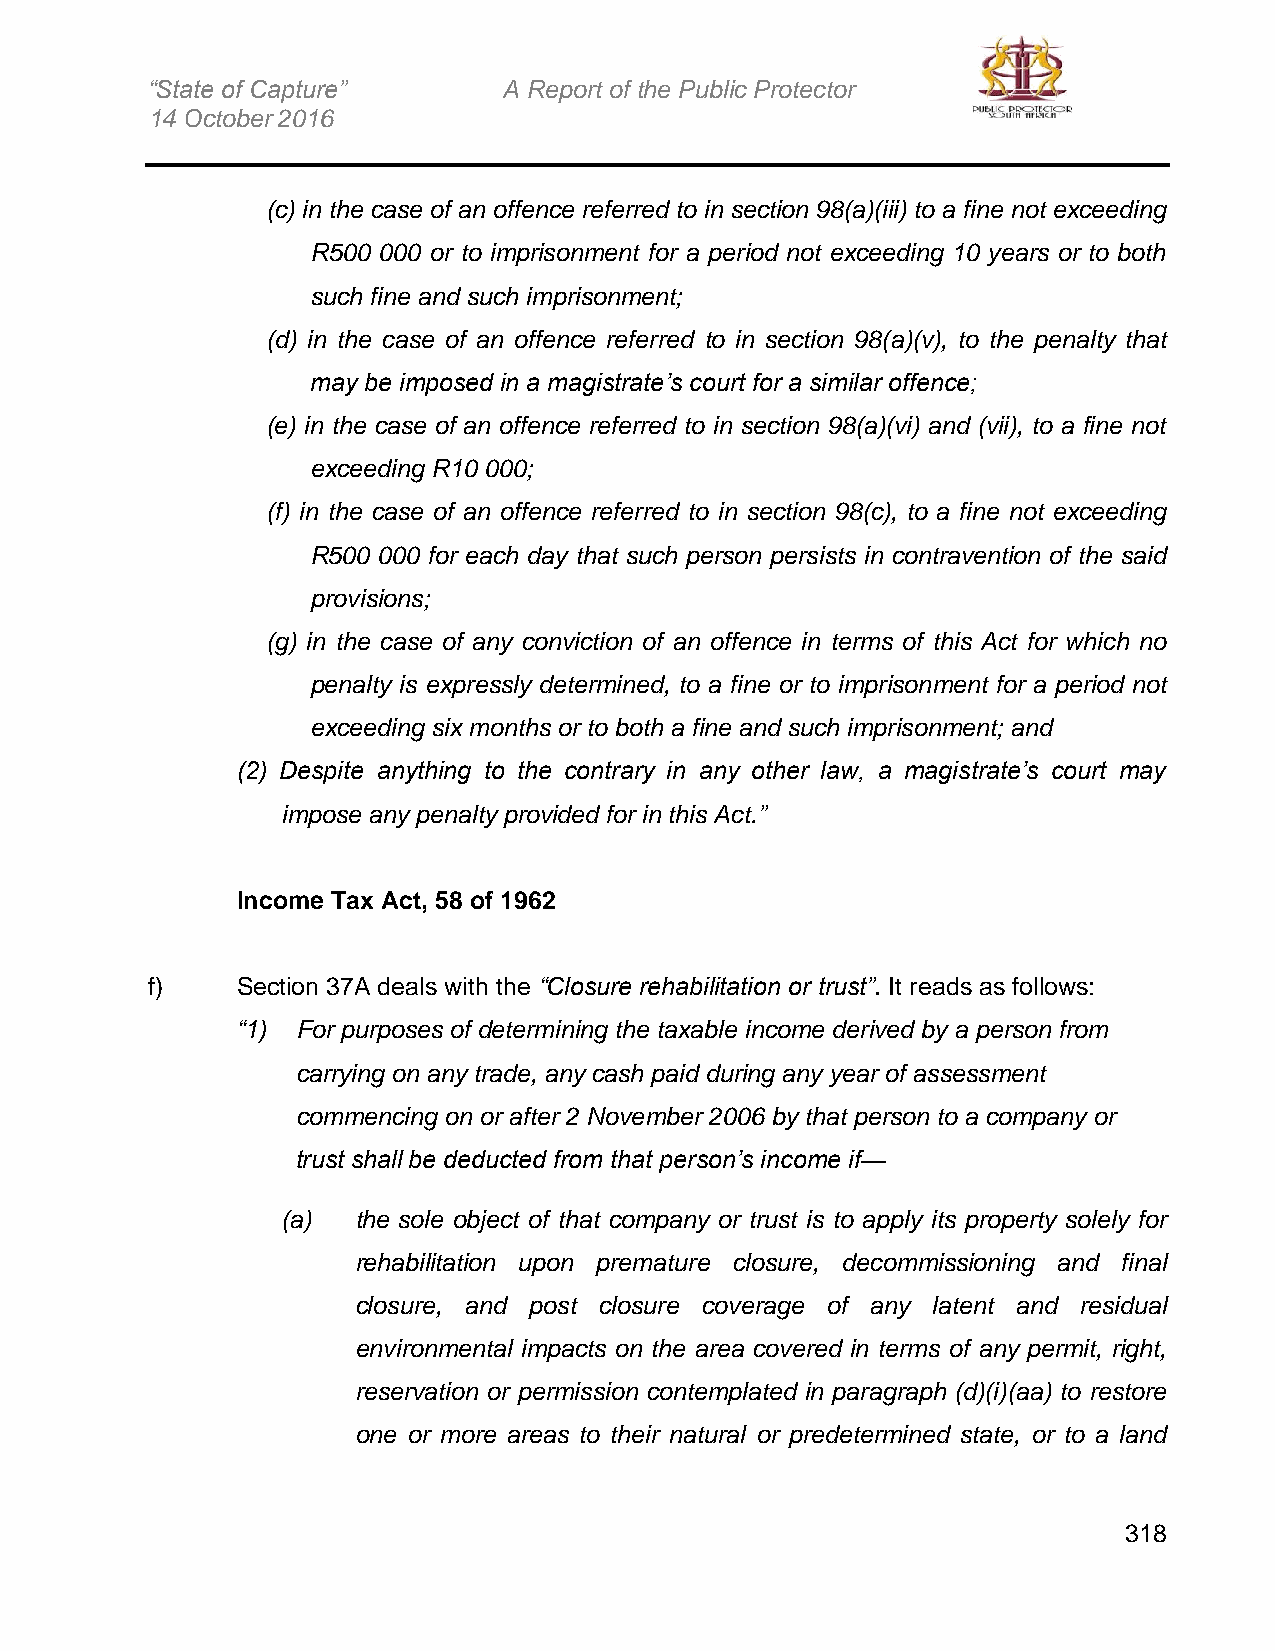
“State of Capture”     A Report of the Public Protector
 14 October 2016
 (c) in the case of an offence referred to in section 98(a)(iii) to a fine not exceeding
 R500 000 or to imprisonment for a period not exceeding 10 years or to both
 such fine and such imprisonment;
 (d) in the case of an offence referred to in section 98(a)(v), to the penalty that
 may be imposed in a magistrate’s court for a similar offence;
 (e) in the case of an offence referred to in section 98(a)(vi) and (vii), to a fine not
 exceeding R10 000;
 (f) in the case of an offence referred to in section 98(c), to a fine not exceeding
 R500 000 for each day that such person persists in contravention of the said
 provisions;
 (g) in the case of any conviction of an offence in terms of this Act for which no
 penalty is expressly determined, to a fine or to imprisonment for a period not
 exceeding six months or to both a fine and such imprisonment; and
 (2) Despite anything to the contrary in any other law, a magistrate’s court may
 impose any penalty provided for in this Act.”
 Income Tax Act, 58 of 1962
 f)    Section 37A deals with the “Closure rehabilitation or trust”. It reads as follows:
 “1) For purposes of determining the taxable income derived by a person from
 carrying on any trade, any cash paid during any year of assessment
 commencing on or after 2 November 2006 by that person to a company or
 trust shall be deducted from that person’s income if—
 (a) the sole object of that company or trust is to apply its property solely for
 rehabilitation upon premature closure, decommissioning and final
 closure, and post closure coverage of any latent and residual
 environmental impacts on the area covered in terms of any permit, right,
 reservation or permission contemplated in paragraph (d)(i)(aa) to restore
 one or more areas to their natural or predetermined state, or to a land
 318